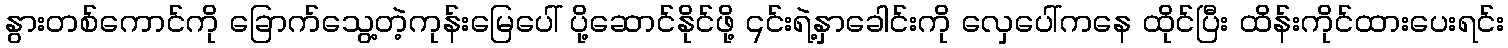
နွားတစ်ကောင်ကို ခြောက်သွေ့တဲ့ကုန်းမြေပေါ် ပို့ဆောင်နိုင်ဖို့ ၎င်းရဲ့နှာခေါင်းကို လှေပေါ်ကနေ ထိုင်ပြီး ထိန်းကိုင်ထားပေးရင်း